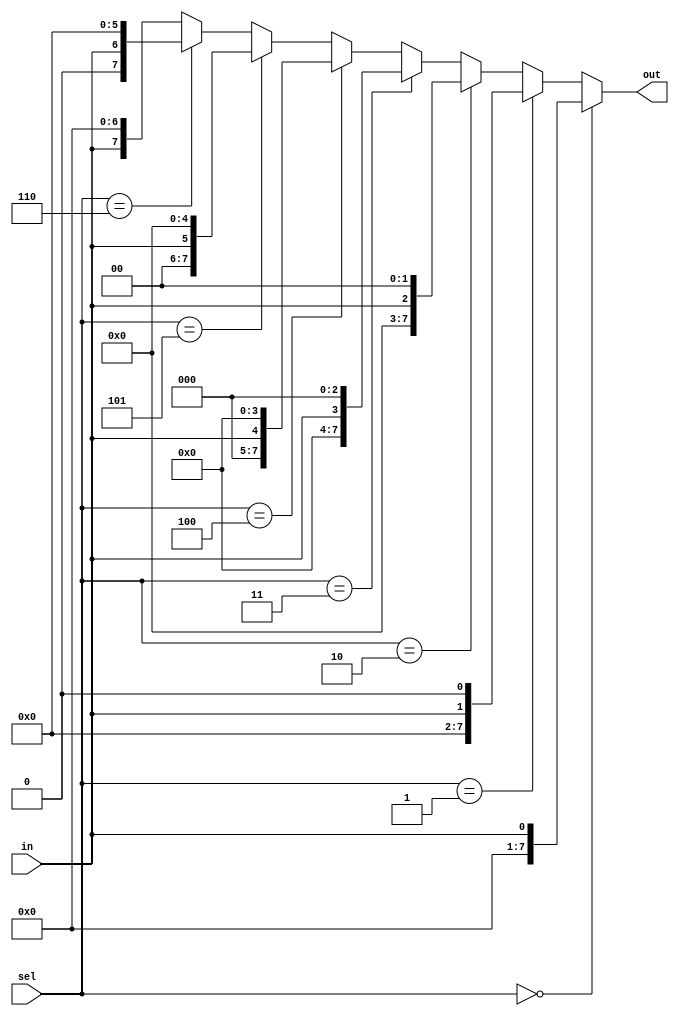
// 1-to-8 demultiplexer using verilog
module demux_1to8(
    input wire in, // Input line
    input wire [2:0] sel, // Select lines
    output wire [7:0] out // Output lines
);

// Demux logic
assign out = (sel == 3'b000) ? {7'b0000000, in} :
             (sel == 3'b001) ? {6'b000000, in, 1'b0} :
             (sel == 3'b010) ? {5'b00000, in, 2'b00} :
             (sel == 3'b011) ? {4'b0000, in, 3'b000} :
             (sel == 3'b100) ? {3'b000, in, 4'b0000} :
             (sel == 3'b101) ? {2'b00, in, 5'b00000} :
             (sel == 3'b110) ? {1'b0, in, 6'b000000} :
                               {in, 7'b0000000};

endmodule